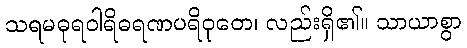
သရမဓုရဝါရိဓရဏပရိဝုတေ၊ လည်းရှိ၏။ သာယာစွာ